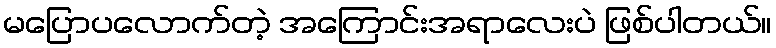
မပြောပလောက်တဲ့ အကြောင်းအရာလေးပဲ ဖြစ်ပါတယ်။